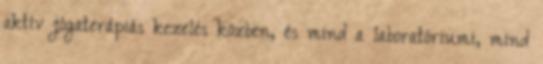
aktív jógaterápiás kezelés közben, és mind a laboratóriumi, mind